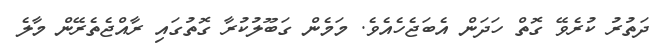
ދަތުރު ކުރެވޭ ގޮތް ހަދަން އެބަޖެހެއެވެ. މަމެން ގަބޫލުކުރާ ގޮތުގައި ރާއްޖެތެރޭން މާލެ